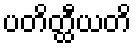
ပတိတ္ထီယတိ